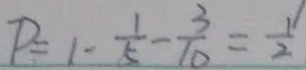
P = 1 - \frac { 1 } { 5 } - \frac { 3 } { 1 0 } = \frac { 1 } { 2 }